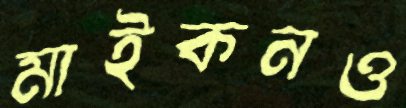
মাইকনও